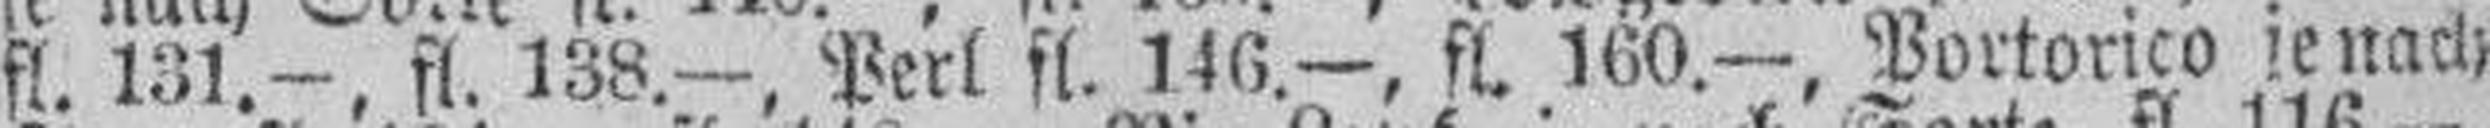
fl. 131.—, fl. 138.—, Perl fl. 146.—, fl. 160.—, Portorico je nach